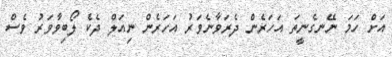
އަށް ހަމަ ނޭނގެނީތަ އަހަރެން ދެރަވާނެވަރު އަހަރެން ނިއަލް ދެކެ ލޯބިވާވަރު ވެސް